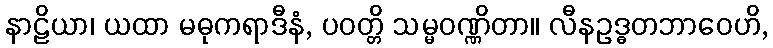
နာဠိယာ၊ ယထာ မဓုကရာဒီနံ, ပဝတ္တိ သမ္မဝဏ္ဏိတာ။ လီနဥဒ္ဓတဘာဝေဟိ,